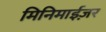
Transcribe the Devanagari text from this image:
मिनिमाईज़र